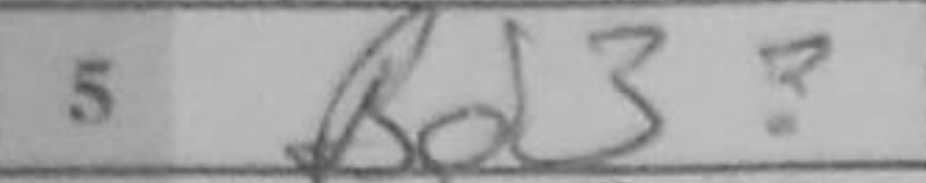
Transcription: Bd3